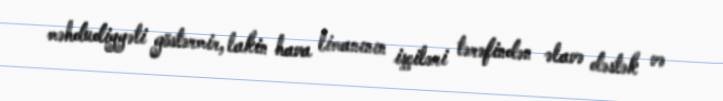
məhdudiyyəti göstərmir, lakin hava limanının işçiləri tərəfindən əlavə dəstək və